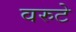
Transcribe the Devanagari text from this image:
वरुटे